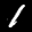
Label: 1